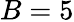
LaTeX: B=5